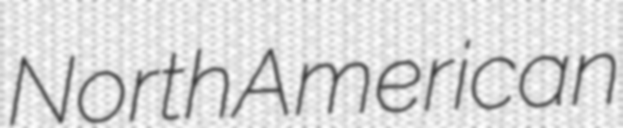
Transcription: North American